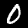
Label: 0